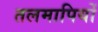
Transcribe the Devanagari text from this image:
तलमापियों